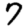
Digit: 7